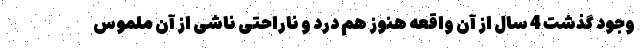
وجود گذشت 4 سال از آن واقعه هنوز هم درد و ناراحتی ناشی از آن ملموس